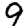
Digit: 9